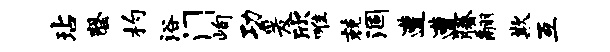
玷罄杓浴门峋功爰欣唯兢涸遭遭腾翮欺互